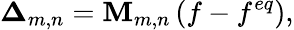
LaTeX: {\boldsymbol{\Delta}}_{m,n}={\mathbf{M}}_{m,n}\left({f-{f^{eq}}}\right),